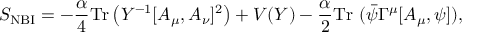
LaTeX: S _ { \mathrm { N B I } } = - \frac { \alpha } { 4 } \mathrm { T r } \left( Y ^ { - 1 } [ A _ { \mu } , A _ { \nu } ] ^ { 2 } \right) + V ( Y ) - \frac { \alpha } { 2 } \mathrm { T r } ~ ( \bar { \psi } \Gamma ^ { \mu } [ A _ { \mu } , \psi ] ) ,